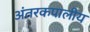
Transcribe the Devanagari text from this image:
अंतरकपालीय